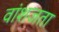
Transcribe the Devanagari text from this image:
वांशजता